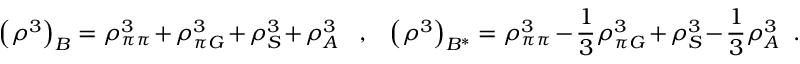
\left( \rho ^ { 3 } \right) _ { B } = \rho _ { \pi \pi } ^ { 3 } + \rho _ { \pi G } ^ { 3 } + \rho _ { S } ^ { 3 } + \rho _ { A } ^ { 3 } \; \; \; , \; \; \; \left( \rho ^ { 3 } \right) _ { B ^ { * } } = \rho _ { \pi \pi } ^ { 3 } - \frac { 1 } { 3 } \rho _ { \pi G } ^ { 3 } + \rho _ { S } ^ { 3 } - \frac { 1 } { 3 } \rho _ { A } ^ { 3 } \; \; .